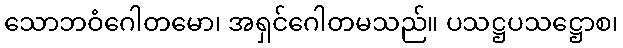
သောဘဝံဂေါတမော၊ အရှင်ဂေါတမသည်။ ပသဋ္ဌပသဋ္ဌောစ၊